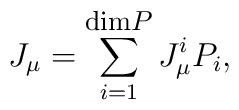
J_{\mu}=\sum_{i=1}^{\mbox{\footnotesize{dim$P$}}} J_{\mu}^i P_i,